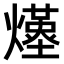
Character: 𤑆